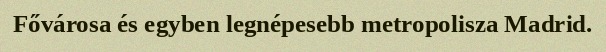
Fővárosa és egyben legnépesebb metropolisza Madrid.